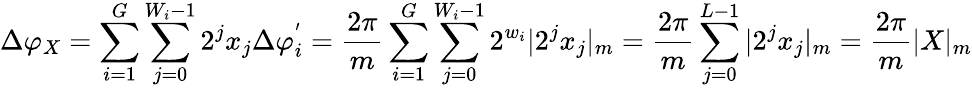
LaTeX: \Delta\varphi_{X}=\sum_{i=1}^{G}\sum_{j=0}^{W_{i}-1}2^{j}x_{j}\Delta\varphi_{i}^{'}=\frac{2\pi}{m}\sum_{i=1}^{G}\sum_{j=0}^{W_{i}-1}2^{w_{i}}|2^{j}x_{j}|_{m}=\frac{2\pi}{m}\sum_{j=0}^{L-1}|2^{j}x_{j}|_{m}=\frac{2\pi}{m}|X|_{m}